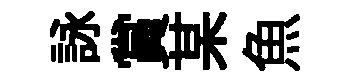
詠賞某魚